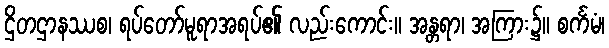
ဌိတဌာနဿစ၊ ရပ်တော်မူရာအရပ်၏ လည်းကောင်း။ အန္တရာ၊ အကြား၌။ စင်္ကမံ၊